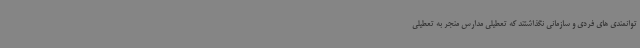
توانمندی های فردی و سازمانی نگذاشتند که تعطیلی مدارس منجر به تعطیلی